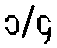
၁/၄